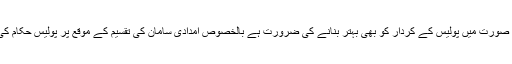
صوبائی وزیر نے کہا کہ سیلاب کی صورت میں پولیس کے کردار کو بھی بہتر بنانے کی ضرورت ہے بالخصوص امدادی سامان کی تقسیم کے موقع پر پولیس حکام کی موجودگی یقینی بنانا ضروری ہے ۔